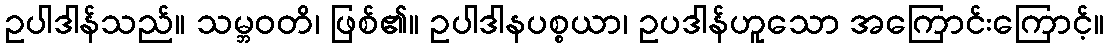
ဥပါဒါန်သည်။ သမ္ဘဝတိ၊ ဖြစ်၏။ ဥပါဒါနပစ္စယာ၊ ဥပဒါန်ဟူသော အကြောင်းကြောင့်။